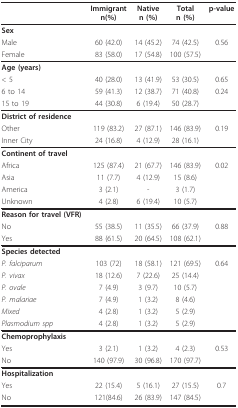
<table><thead><tr><td></td><td><b>Immigrantn(%)</b></td><td><b>Nativen (%)</b></td><td><b>Totaln (%)</b></td><td><b>p-value</b></td></tr></thead><tbody><tr><td><b>Sex</b></td><td></td><td></td><td></td><td></td></tr><tr><td>Male</td><td>60 (42.0)</td><td>14 (45.2)</td><td>74 (42.5)</td><td>0.56</td></tr><tr><td>Female</td><td>83 (58.0)</td><td>17 (54.8)</td><td>100 (57.5)</td><td></td></tr><tr><td><b>Age (years)</b></td><td></td><td></td><td></td><td></td></tr><tr><td>&lt; 5</td><td>40 (28.0)</td><td>13 (41.9)</td><td>53 (30.5)</td><td>0.65</td></tr><tr><td>6 to 14</td><td>59 (41.3)</td><td>12 (38.7)</td><td>71 (40.8)</td><td>0.24</td></tr><tr><td>15 to 19</td><td>44 (30.8)</td><td>6 (19.4)</td><td>50 (28.7)</td><td></td></tr><tr><td><b>District of residence</b></td><td></td><td></td><td></td><td></td></tr><tr><td>Other</td><td>119 (83.2)</td><td>27 (87.1)</td><td>146 (83.9)</td><td>0.19</td></tr><tr><td>Inner City</td><td>24 (16.8)</td><td>4 (12.9)</td><td>28 (16.1)</td><td></td></tr><tr><td><b>Continent of travel</b></td><td></td><td></td><td></td><td></td></tr><tr><td>Africa</td><td>125 (87.4)</td><td>21 (67.7)</td><td>146 (83.9)</td><td>0.02</td></tr><tr><td>Asia</td><td>11 (7.7)</td><td>4 (12.9)</td><td>15 (8.6)</td><td></td></tr><tr><td>America</td><td>3 (2.1)</td><td>-</td><td>3 (1.7)</td><td></td></tr><tr><td>Unknown</td><td>4 (2.8)</td><td>6 (19.4)</td><td>10 (5.7)</td><td></td></tr><tr><td><b>Reason for travel (VFR)</b></td><td></td><td></td><td></td><td></td></tr><tr><td>No</td><td>55 (38.5)</td><td>11 (35.5)</td><td>66 (37.9)</td><td>0.88</td></tr><tr><td>Yes</td><td>88 (61.5)</td><td>20 (64.5)</td><td>108 (62.1)</td><td></td></tr><tr><td><b>Species detected</b></td><td></td><td></td><td></td><td></td></tr><tr><td><i>P. falciparum</i></td><td>103 (72)</td><td>18 (58.1)</td><td>121 (69.5)</td><td>0.64</td></tr><tr><td><i>P. vivax</i></td><td>18 (12.6)</td><td>7 (22.6)</td><td>25 (14.4)</td><td></td></tr><tr><td><i>P. ovale</i></td><td>7 (4.9)</td><td>3 (9.7)</td><td>10 (5.7)</td><td></td></tr><tr><td><i>P. malariae</i></td><td>7 (4.9)</td><td>1 (3.2)</td><td>8 (4.6)</td><td></td></tr><tr><td><i>Mixed</i></td><td>4 (2.8)</td><td>1 (3.2)</td><td>5 (2.9)</td><td></td></tr><tr><td><i>Plasmodium spp</i></td><td>4 (2.8)</td><td>1 (3.2)</td><td>5 (2.9)</td><td></td></tr><tr><td><b>Chemoprophylaxis</b></td><td></td><td></td><td></td><td></td></tr><tr><td>Yes</td><td>3 (2.1)</td><td>1 (3.2)</td><td>4 (2.3)</td><td>0.53</td></tr><tr><td>No</td><td>140 (97.9)</td><td>30 (96.8)</td><td>170 (97.7)</td><td></td></tr><tr><td><b>Hospitalization</b></td><td></td><td></td><td></td><td></td></tr><tr><td>Yes</td><td>22 (15.4)</td><td>5 (16.1)</td><td>27 (15.5)</td><td>0.7</td></tr><tr><td>No</td><td>121(84.6)</td><td>26 (83.9)</td><td>147 (84.5)</td><td></td></tr></tbody></table>